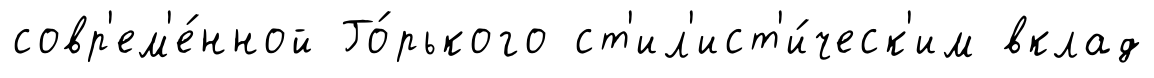
совр'ем'е́нной Го́рького ст'ил'ист'и́ческ'им вклад